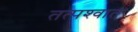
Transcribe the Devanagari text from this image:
तत्‍पश्‍वात्